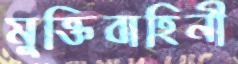
মুক্তিবাহিনী